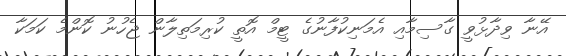
އޭނާ ވިދާޅުވީ ގާސިމާއި އެމަނިކުފާނުގެ ޓީމް އޮތީ ކުރިމަތިލާން ޖެހުނު ކޮންމެ ކަމަކާ